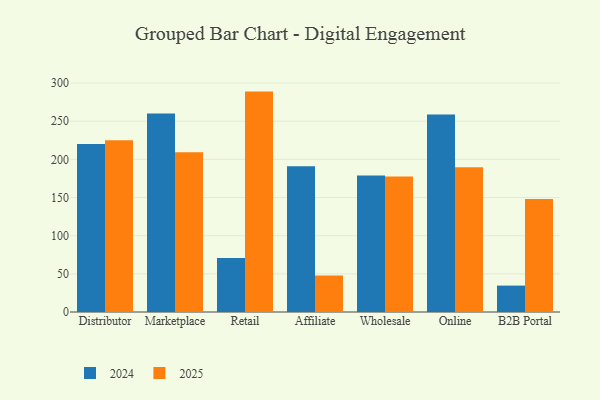
{"axis": {"x": "Channel", "y": "Inventory Turnover"}, "legend": ["2024", "2025"], "data": [{"x": "Distributor", "y": 225.1, "type": "2025"}, {"x": "Distributor", "y": 220.0, "type": "2024"}, {"x": "Marketplace", "y": 209.4, "type": "2025"}, {"x": "Marketplace", "y": 260.0, "type": "2024"}, {"x": "Retail", "y": 288.8, "type": "2025"}, {"x": "Retail", "y": 70.7, "type": "2024"}, {"x": "Affiliate", "y": 47.8, "type": "2025"}, {"x": "Affiliate", "y": 191.1, "type": "2024"}, {"x": "Wholesale", "y": 177.6, "type": "2025"}, {"x": "Wholesale", "y": 178.9, "type": "2024"}, {"x": "Online", "y": 189.7, "type": "2025"}, {"x": "Online", "y": 258.8, "type": "2024"}, {"x": "B2B Portal", "y": 148.0, "type": "2025"}, {"x": "B2B Portal", "y": 34.6, "type": "2024"}]}